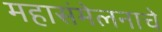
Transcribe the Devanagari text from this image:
महासंमेलनाचे